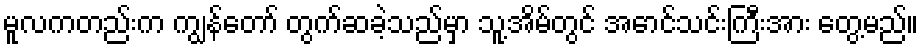
မူလကတည်းက ကျွန်တော် တွက်ဆခဲ့သည်မှာ သူ့အိမ်တွင် အောင်သင်းကြီးအား တွေ့မည်။